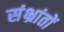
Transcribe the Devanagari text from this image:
संभ्रांतों